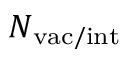
N _ { \mathrm { { v a c / i n t } } }